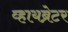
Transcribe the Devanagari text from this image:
व्हायब्रेटर